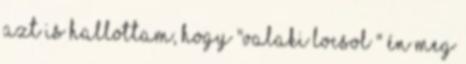
azt is hallottam, hogy "valaki LOCSOL " én meg